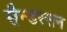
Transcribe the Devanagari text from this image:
सैन्डरसन